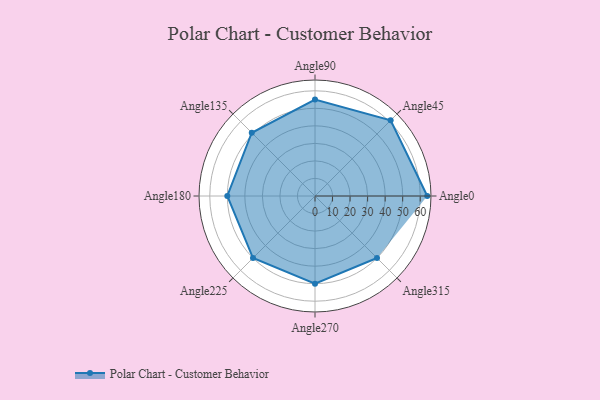
{"axis": {"x": "Angle", "y": "Radius"}, "legend": [""], "data": [{"x": "Angle0", "y": 64.0, "type": ""}, {"x": "Angle45", "y": 61.0, "type": ""}, {"x": "Angle90", "y": 55.0, "type": ""}, {"x": "Angle135", "y": 51.0, "type": ""}, {"x": "Angle180", "y": 50, "type": ""}, {"x": "Angle225", "y": 50, "type": ""}, {"x": "Angle270", "y": 50, "type": ""}, {"x": "Angle315", "y": 50.0, "type": ""}]}